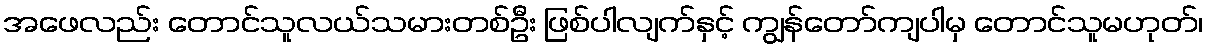
အဖေလည်း တောင်သူလယ်သမားတစ်ဦး ဖြစ်ပါလျက်နှင့် ကျွန်တော်ကျပါမှ တောင်သူမဟုတ်၊